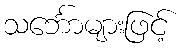
သင်္ဘောများဖြင့်